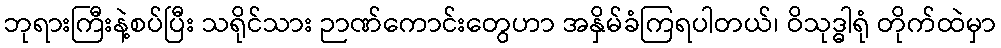
ဘုရားကြီးနဲ့စပ်ပြီး သရိုင်သား ဉာဏ်ကောင်းတွေဟာ အနှိမ်ခံကြရပါတယ်၊ ဝိသုဒ္ဓါရုံ တိုက်ထဲမှာ